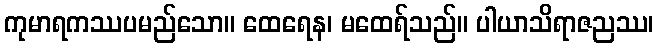
ကုမာရကဿပမည်သော။ ထေရေန၊ မထေရ်သည်။ ပါယာသိရာဇညဿ၊